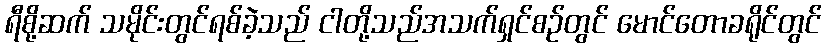
ရီစို့ဆက် သမိုင်းတွင်ရစ်ခဲ့သည် ငါတို့သည်အသက်ရှင်စဉ်တွင် မောင်တောခရိုင်တွင်